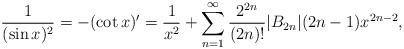
LaTeX: \begin{align*}\frac{1}{(\sin x)^2}=-(\cot x)'=\frac{1}{x^2}+\sum_{n=1}^\infty\frac{2^{2n}}{(2n)!}|B_{2n}|(2n-1)x^{2n-2},\end{align*}